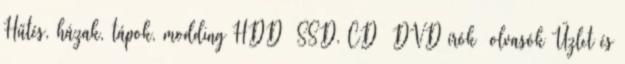
Hűtés, házak, tápok, modding HDD SSD, CD DVD írók olvasók Üzlet és